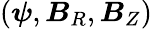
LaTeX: (\boldsymbol{\psi},\boldsymbol{B}_{R},\boldsymbol{B}_{Z})